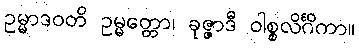
ဥမ္မာဒဝတိ ဥမ္မတ္တော၊ ခုဇ္ဇာဒီ ဝါစ္စလိင်္ဂိကာ။